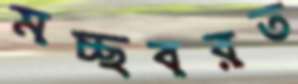
মচ্ছবরত